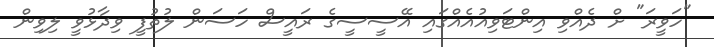
"ހަވީރަ" ށް ދެއްވި އިންޓަވިއުއެއްގައި އޭސީސީގެ ރައީސް ހަސަން ލުތުފީ ވިދާޅުވީ ލިވިން